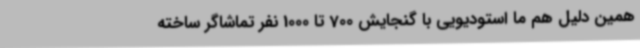
همین دلیل هم ما استودیویی با گنجایش 700 تا 1000 نفر تماشاگر ساخته